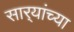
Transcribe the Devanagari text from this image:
सार्‍यांच्या